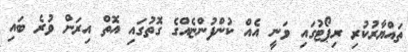
ތައްޔާރުކުރި ރިޕޯޓުގައި ވަނީ އެއް ކުންފުންޏެއްގެ ގޮތުގައި އޮތް އިރަށް ވުރެ ބައި